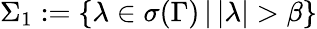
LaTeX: \Sigma_{1}:=\{ \lambda\in\sigma(\Gamma)\, |\, |\lambda|>\beta\}